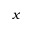
\boldsymbol { x }